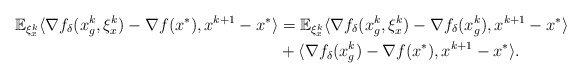
\begin{align*}\mathbb{E}_{\xi_x^k}\langle \nabla f_{\delta}(x_g^k, \xi_x^k) - \nabla f(x^*), x^{k+1} - x^* \rangle &= \mathbb{E}_{\xi_x^k}\langle \nabla f_{\delta}(x_g^k, \xi_x^k) - \nabla f_{\delta}(x_g^k), x^{k+1} - x^* \rangle \\&+ \langle \nabla f_{\delta}(x_g^k) - \nabla f(x^*), x^{k+1} - x^* \rangle.\end{align*}